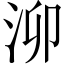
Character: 泖